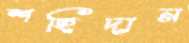
শহিদান